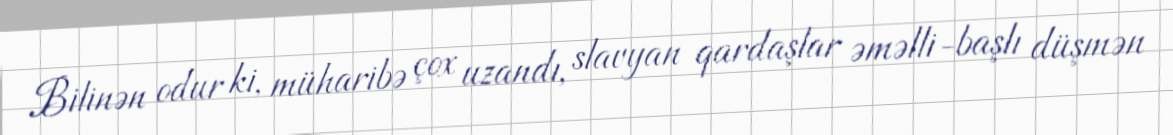
Bilinən odur ki, müharibə çox uzandı, slavyan qardaşlar əməlli-başlı düşmən